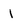
Character: i